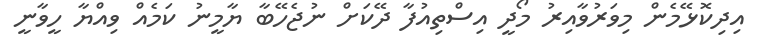
އިދިކޮޅޭމެން މިވަރުވާއިރު މޯދީ އިސްތިއުފާ ދޭކަށް ނުޖެހޭބާ ޔާމީނު ކަމެއް ވިއްޔާ ހީވާނީ